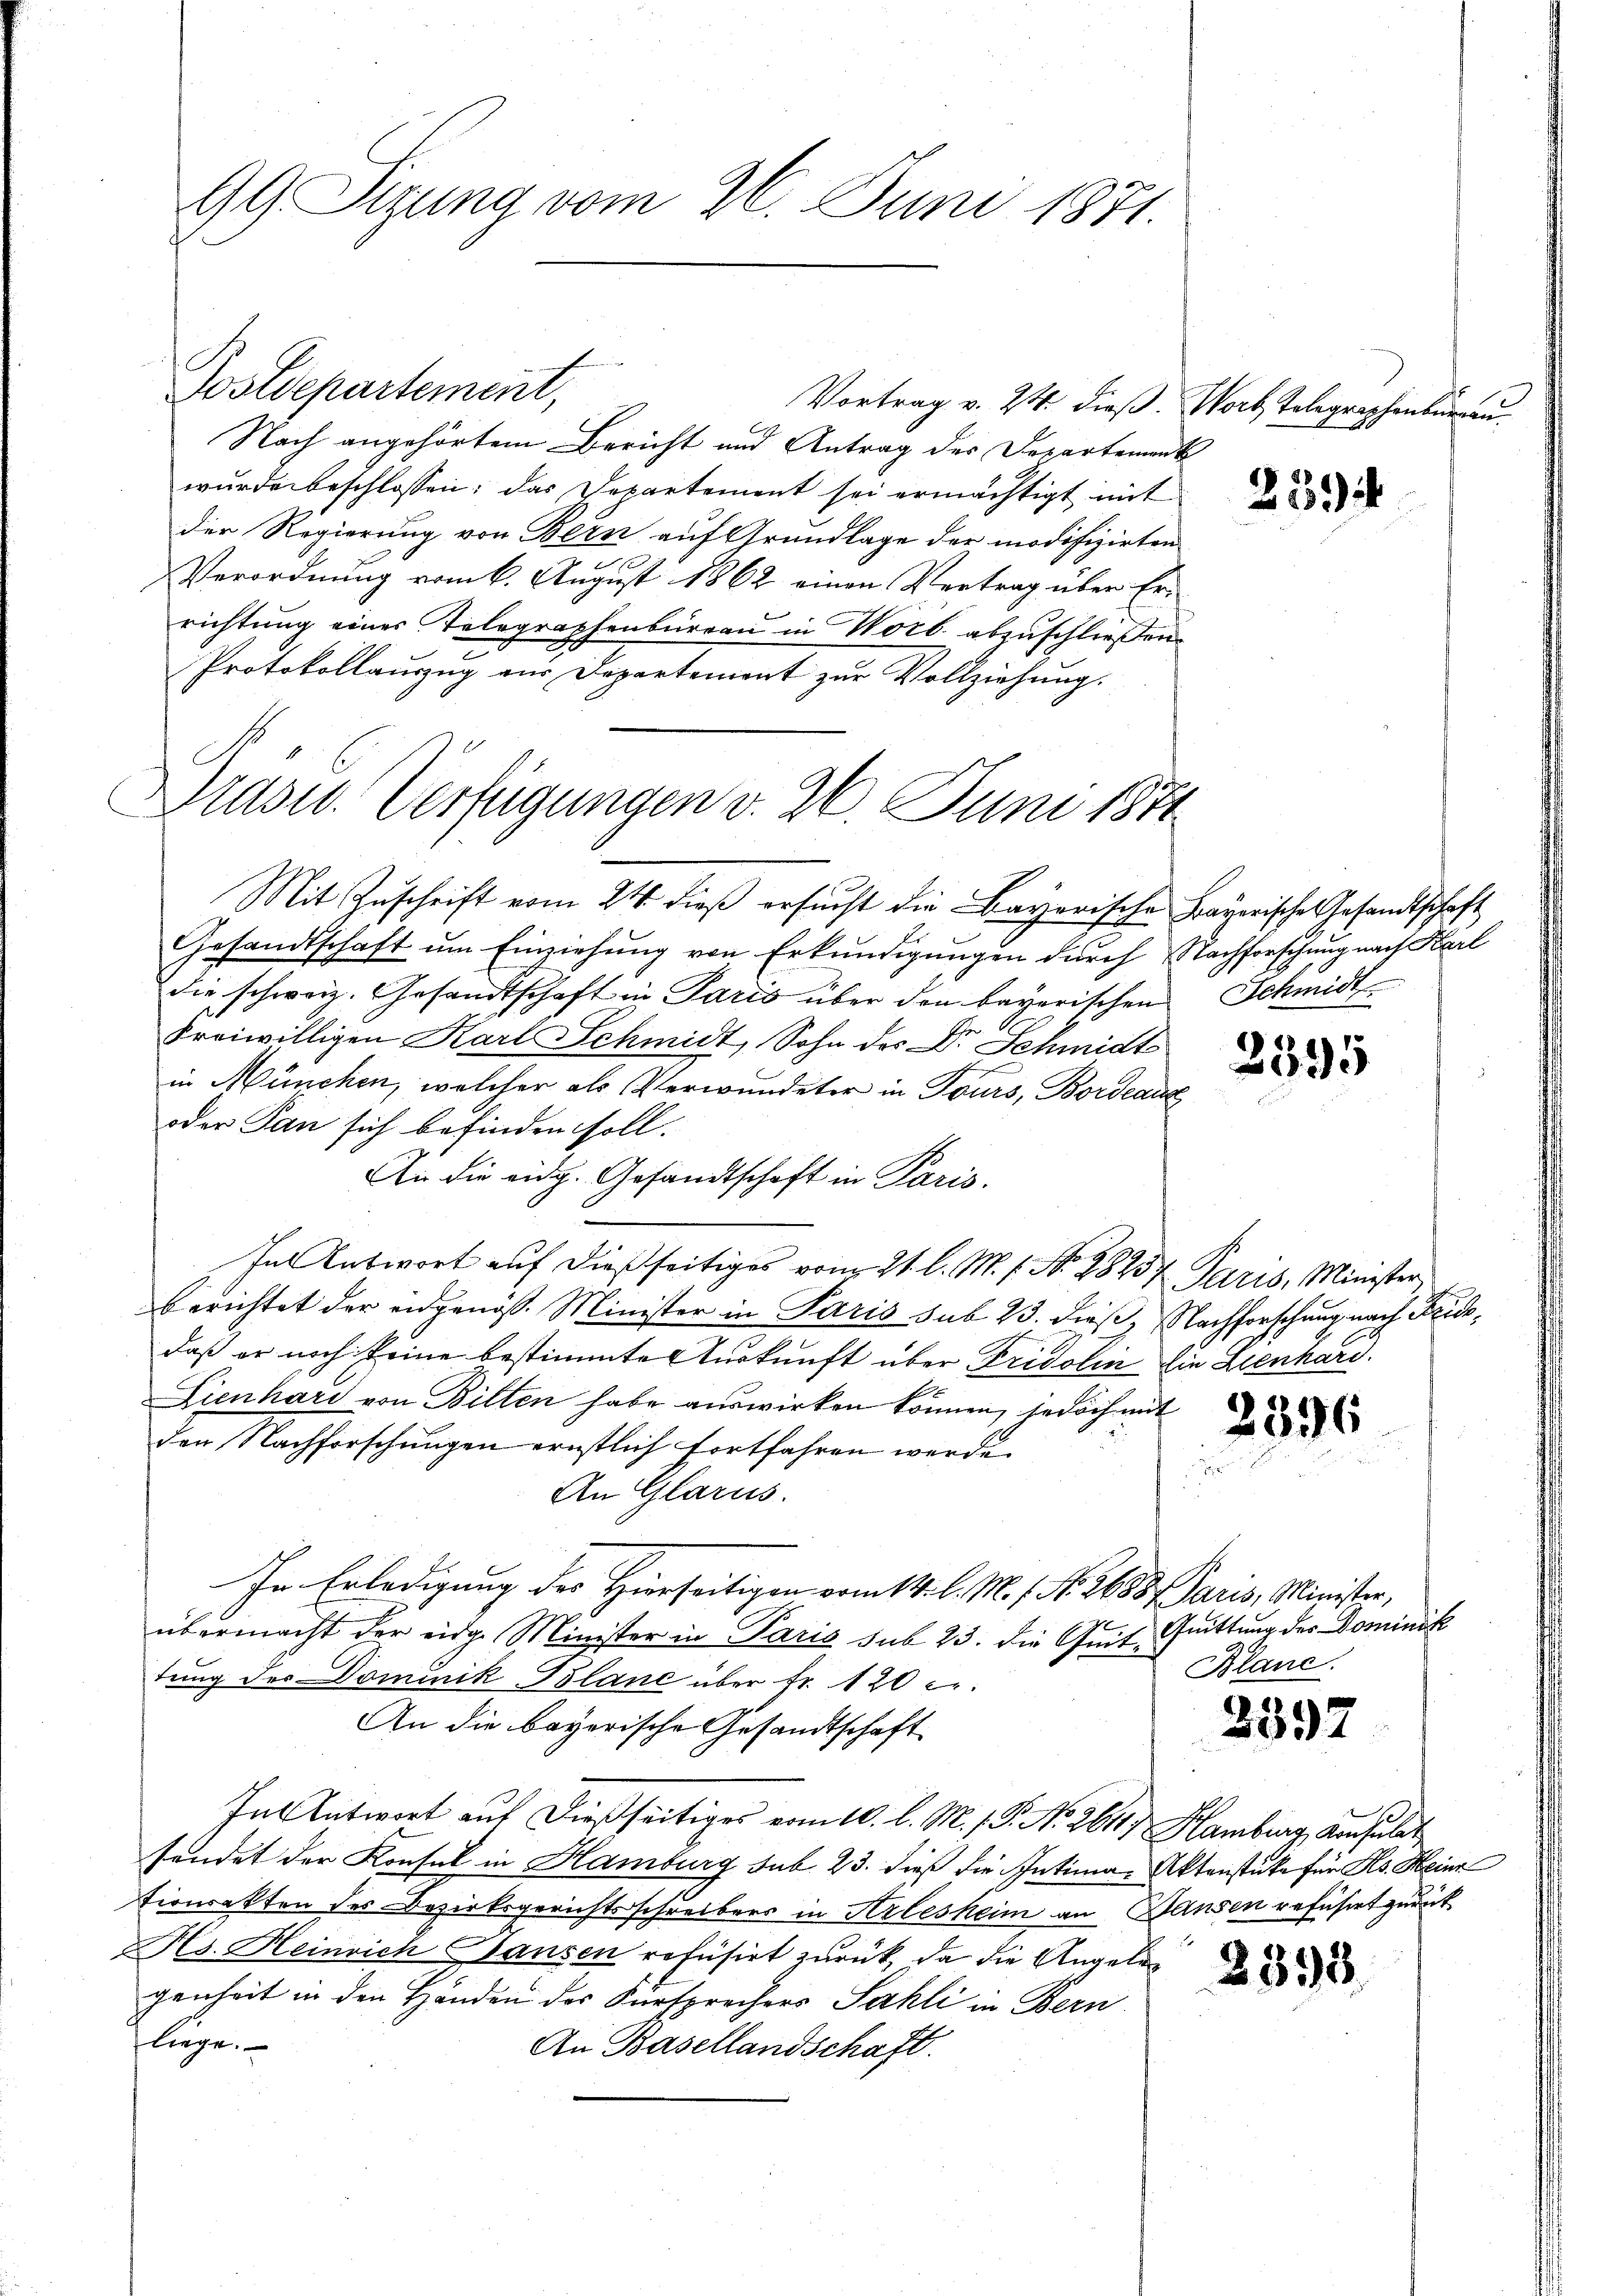
99. Sizung vom 26. Juni 1871.

Vortrag v. 24. dieß. Wort, Telegraphenburgen.
Nach angehörtem Bericht und Antrag des Departement
wurde beschlossen; das Departement sei ermächtigt mit
der Regierung von Bern auf Grundlage der modifizirten
Verordnung vom 6. August 1862 einen Vertrag über Errichtung eines Telegraphenbureau in Worb. abzuschließen.
Protokollauszug zur Departement zur Vollziehung.
Prasen. Verfügungen v. 26. Juni 1871

Postdepartement,

Mit Zuschrift vom 24. dieß ersucht die Bayerische Bayerische Gesandtschaft
Gesandtschaft um Einziehung von Erkundigungen durch Nachforschung nach Karl
die schweiz. Gesandtschaft in Paris über den bayerischen
Freiwilligen Karl Schmidt, Sohn des Dr. Schmidt
in München, welcher als Verwundeter in Tours, Bordeaux
oder Pan sich befinden soll.
An die eidg. Gesandtschaft in Paris.
Inl Antwort auf dießseitiges vom 21. l. M. f. No. 28257 Paris, Minister,
berichtet der eidgenöss. Minister in Paris sub 23. dieß, Nachforschung nach Fridedaß er noch keine bestimmte Auskunft über Fridolin die Lienhard.
Lienhard von Bilten habe auswirken können, jedoch mit
den Nachforschungen ernstlich fortfahren werde.
An Glarus.
In Erledigung des Hierseitigen vom 14. l. M. 1. No. 2658 f Paris, Minister,
übermacht der eidge Minister in Paris sub 23. die Quit Quittung der Dominik
tung des Dominik Glane über Fr. 120 l.
An die bayerische Gesandtschaft
In Antwort auf dießseitiges vom 10. l. M. / P. No 2611. Hamburg, Konsulat
sendet der Konsul in Hamburg sub. 23. dieß die Intima, Aktenstüke für Hs. Heinr
tionsakten des Bezirksgerichtsschreibers in Arlesheim an Hansen geführt zurück
Hs. Heinrich Hausen refüsirt zurück, da die Angeleg
genheit in den Händen des Fürsprechers Sahli in Bern
liege.
An Basellandschaft.

259

Schmidt

2395

2396

Blanc

2397

2395